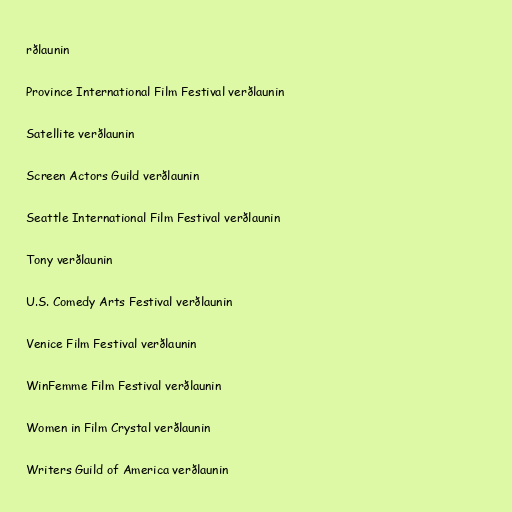
rðlaunin

Province International Film Festival verðlaunin

Satellite verðlaunin

Screen Actors Guild verðlaunin

Seattle International Film Festival verðlaunin

Tony verðlaunin

U.S. Comedy Arts Festival verðlaunin

Venice Film Festival verðlaunin

WinFemme Film Festival verðlaunin

Women in Film Crystal verðlaunin

Writers Guild of America verðlaunin